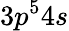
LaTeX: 3p^{5}4s